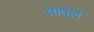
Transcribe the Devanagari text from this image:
तातल